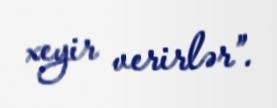
xeyir verirlər”.